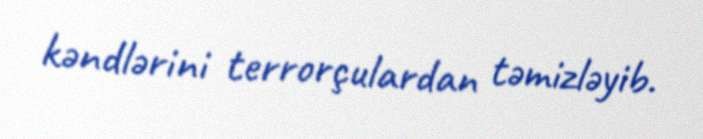
kəndlərini terrorçulardan təmizləyib.